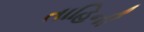
તાહિની